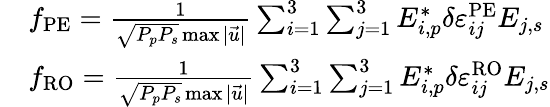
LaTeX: \begin{array}{rl}&{f_{\mathrm{PE}}=\frac{1}{\sqrt{P_{p}P_{s}}\operatorname*{max}{|\vec{u}|}}\sum_{i=1}^{3}\sum_{j=1}^{3}E_{i,p}^{*}\delta\varepsilon_{ij}^{\mathrm{PE}}E_{j,s}}\\ &{f_{\mathrm{RO}}=\frac{1}{\sqrt{P_{p}P_{s}}\operatorname*{max}{|\vec{u}|}}\sum_{i=1}^{3}\sum_{j=1}^{3}E_{i,p}^{*}\delta\varepsilon_{ij}^{\mathrm{RO}}E_{j,s}}\end{array}